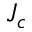
J _ { c }